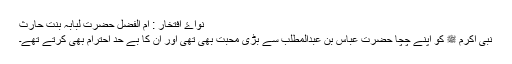
نواۓ افتخار : ؓام الفضل حضرت لبابہ بنت حارث
نبی اکرم ﷺ کو اپنے چچا حضرت عباس بِن عبدالمطلب ؓسے بڑی محبت بھی تھی اور ان کا بے حد احترام بھی کرتے تھے۔